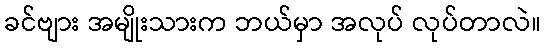
ခင်ဗျား အမျိုးသားက ဘယ်မှာ အလုပ် လုပ်တာလဲ။